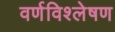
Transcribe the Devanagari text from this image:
वर्णविश्लेषण